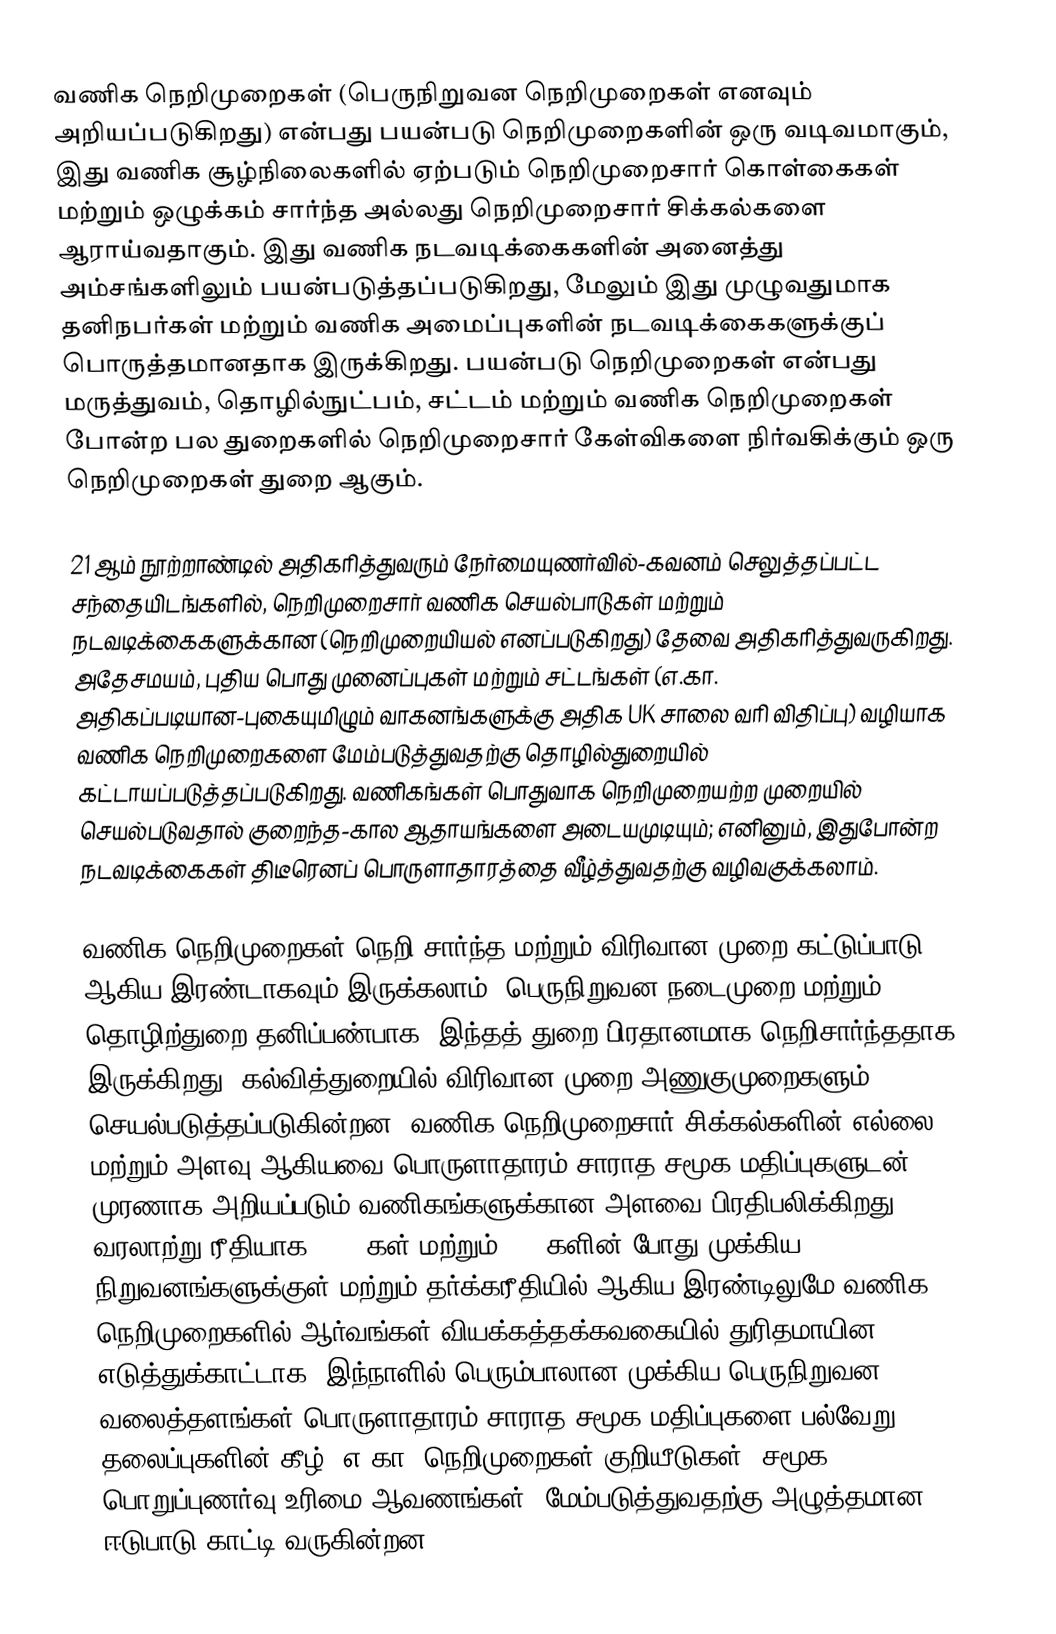
வணிக நெறிமுறைகள்  (பெருநிறுவன நெறிமுறைகள் எனவும் அறியப்படுகிறது) என்பது பயன்படு நெறிமுறைகளின் ஒரு வடிவமாகும், இது வணிக சூழ்நிலைகளில் ஏற்படும் நெறிமுறைசார் கொள்கைகள் மற்றும் ஒழுக்கம் சார்ந்த அல்லது நெறிமுறைசார் சிக்கல்களை ஆராய்வதாகும். இது வணிக நடவடிக்கைகளின் அனைத்து அம்சங்களிலும் பயன்படுத்தப்படுகிறது, மேலும் இது முழுவதுமாக தனிநபர்கள் மற்றும் வணிக அமைப்புகளின் நடவடிக்கைகளுக்குப் பொருத்தமானதாக இருக்கிறது. பயன்படு நெறிமுறைகள் என்பது மருத்துவம், தொழில்நுட்பம், சட்டம் மற்றும் வணிக நெறிமுறைகள் போன்ற பல துறைகளில் நெறிமுறைசார் கேள்விகளை நிர்வகிக்கும் ஒரு நெறிமுறைகள் துறை ஆகும்.

21 ஆம் நூற்றாண்டில் அதிகரித்துவரும் நேர்மையுணர்வில்-கவனம் செலுத்தப்பட்ட சந்தையிடங்களில், நெறிமுறைசார் வணிக செயல்பாடுகள் மற்றும் நடவடிக்கைகளுக்கான (நெறிமுறையியல் எனப்படுகிறது) தேவை அதிகரித்துவருகிறது. அதேசமயம், புதிய பொது முனைப்புகள் மற்றும் சட்டங்கள் (எ.கா. அதிகப்படியான-புகையுமிழும் வாகனங்களுக்கு அதிக UK சாலை வரி விதிப்பு) வழியாக வணிக நெறிமுறைகளை மேம்படுத்துவதற்கு தொழில்துறையில் கட்டாயப்படுத்தப்படுகிறது. வணிகங்கள் பொதுவாக நெறிமுறையற்ற முறையில் செயல்படுவதால் குறைந்த-கால ஆதாயங்களை அடையமுடியும்; எனினும், இதுபோன்ற நடவடிக்கைகள் திடீரெனப் பொருளாதாரத்தை வீழ்த்துவதற்கு வழிவகுக்கலாம்.

வணிக நெறிமுறைகள் நெறி சார்ந்த மற்றும் விரிவான முறை கட்டுப்பாடு ஆகிய இரண்டாகவும் இருக்கலாம். பெருநிறுவன நடைமுறை மற்றும் தொழிற்துறை தனிப்பண்பாக, இந்தத் துறை பிரதானமாக நெறிசார்ந்ததாக இருக்கிறது. கல்வித்துறையில் விரிவான முறை அணுகுமுறைகளும் செயல்படுத்தப்படுகின்றன. வணிக நெறிமுறைசார் சிக்கல்களின் எல்லை மற்றும் அளவு ஆகியவை பொருளாதாரம் சாராத சமூக மதிப்புகளுடன் முரணாக அறியப்படும் வணிகங்களுக்கான அளவை பிரதிபலிக்கிறது. வரலாற்று ரீதியாக, 1980கள் மற்றும் 1990களின் போது முக்கிய நிறுவனங்களுக்குள் மற்றும் தர்க்கரீதியில் ஆகிய இரண்டிலுமே வணிக நெறிமுறைகளில் ஆர்வங்கள் வியக்கத்தக்கவகையில் துரிதமாயின. எடுத்துக்காட்டாக, இந்நாளில் பெரும்பாலான முக்கிய பெருநிறுவன வலைத்தளங்கள் பொருளாதாரம் சாராத சமூக மதிப்புகளை பல்வேறு தலைப்புகளின் கீழ் (எ.கா. நெறிமுறைகள் குறியீடுகள், சமூக பொறுப்புணர்வு உரிமை ஆவணங்கள்) மேம்படுத்துவதற்கு அழுத்தமான ஈடுபாடு காட்டி வருகின்றன.